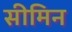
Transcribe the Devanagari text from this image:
सीमिन